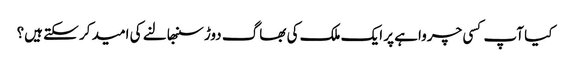
کیا آپ کسی چرواہے پر ایک ملک کی بھاگ دوڑ سنبھالنے کی امید کر سکتے ہیں؟